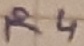
Text: R4